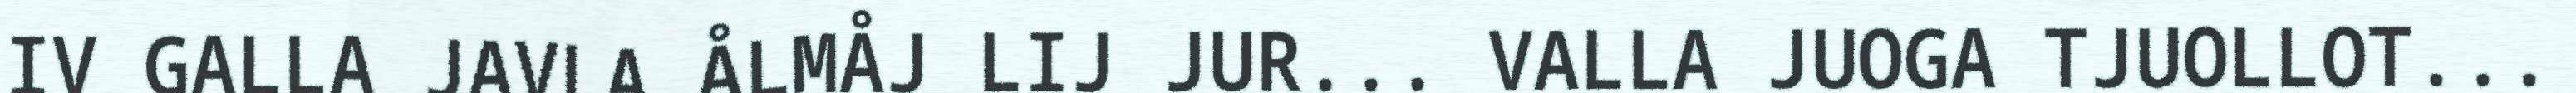
IV GALLA JAVLA ÅLMÅJ LIJ JUR... VALLA JUOGA TJUOLLOT...